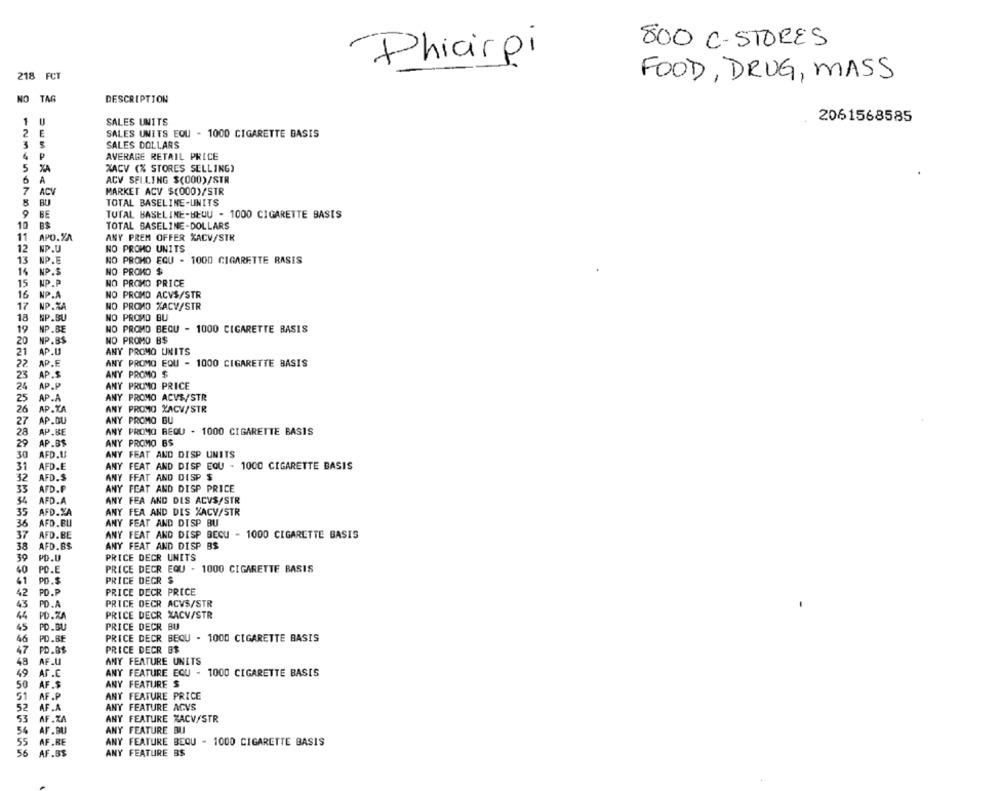
800 C-STORES
Phiarpi
218 FCT
FOOD, DRUG, MASS
NO TAG
DESCRIPTION
2061568585
U
SALES UNITS
2
E
SALES UNITS EQU - 1000 CIGARETTE BASIS
3
SALES DOLLARS
P
AVERAGE RETAIL PRICE
5
XA
XACV (% STORES SELLING)
6
A
ACV SELLING $(000)/STR
ACV
MARKET ACV $(000)/STR
BU
TOTAL BASELINE-UNITS
BE
TUTAL BASELINE-BEUU - 1000 CIGARETTE BASIS
10
B$
TOTAL BASELINE-DOLLARS
11
APO.YA
ANY PREM OFFER XACV/STR
12
NP.U
NO PROMO UNITS
13
NP.E
NO PROMO EQU - 1000 CIGARETTE RASIS
14
NP.S
NO PROMO $
15
NP.P
NO PROMO PRICE
NP.A
NO PROMO ACVS/STR
16
17
NP.ZA
NO PROMO %ACV/STR
18
NP.BU
NO PROMO BU
19
NP.BE
NO PROMO BEQU - 1000 CIGARETTE BASIS
20
NP.B$
NO PROMO B$
21
AP.U
ANY PROMO UNITS
27
AP.E
ANY PROMO EQU - 1000 CIGARETTE BASIS
23
AP.S
ANY PROMO $
24
AP.P
ANY PRUMO PRICE
25
AP.A
ANY PROMO ACVS/STR
26
AP.TA
ANY PROMO XACV/STR
27
AP.DU
ANY PROMO BU
28
AP.BE
ANY PROMO BEOU . 1000 CIGARETTE BASIS
29
AP.B$
ANY PROMO BS
30
AFD.I
ANY FEAT AND DISP UNITS
31
AFD.E
ANY FEAT AND DISP EQU - 1000 CIGARETTE BASIS
32
AFD.S
ANY FEAT AND DISP $
33
AFD.F
ANY FEAT AND DISP PRICE
34
AFD.A
ANY FEA AND DIS ACVS/STR
35
AFD.XA
ANY FEA AND DIS XACV/STR
36
AFD.BU
ANY FEAT AND DISP BU
37
AFD.BE
ANY FEAT AND DISP BECU - 1000 CIGARETTE BASIS
38
AFD.B$
ANY FEAT AND DISP BS
39
PD.U
PRICE DECR UNITS
40
PO.E
PRICE DECR EQU - 1000 CIGARETTE BASIS
41
PD.$
PRICE DECR $
42
PD.P
PRICE DECR PRICE
43
PD.A
PRICE DECR ACVS/STR
44
PD.ZA
PRICE DECR XACV/STR
PRICE DECR BU
45
PD.BU
46
PD.BE
PRICE DECR BEQU - 1000 CIGARETTE BASIS
47
PD.B1
PRICE DECR B$
48
AF.U
ANY FEATURE UNITS
49
AF.C
ANY FEATURE EQU - 1000 CIGARETTE BASIS
50
AF.$
ANY FEATURE $
51
AF.P
ANY FEATURE PRICE
52
AF.A
ANY FEATURE AGVS
53
AF.ZA
ANY FEATURE ZACV/STR
54
AF.BU
ANY FEATURE BU
55
AF.RE
ANY FEATURE BEQU - 1000 CIGARETTE BASIS
56
AF.81
ANY FEATURE BS